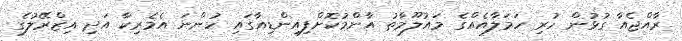
ރާއްޖެއާ ގުޅުން ހުރި ހަމަލާއެއްގެ މައުލޫމާތު އާންމުކޮށްފިއިންޑިއާގައި ހުންނަ އެމެރިކާ އަދި އިޒްރޭލުގެ